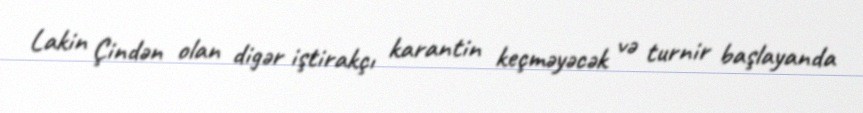
Lakin Çindən olan digər iştirakçı karantin keçməyəcək və turnir başlayanda